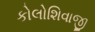
કોલોશિવાજી